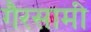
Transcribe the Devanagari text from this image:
गैरसामी